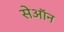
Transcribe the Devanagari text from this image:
सेऑन